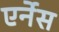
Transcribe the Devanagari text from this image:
एर्नेस